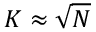
K \approx \sqrt { N }